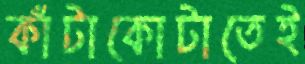
কাঁটাকোটাতেই